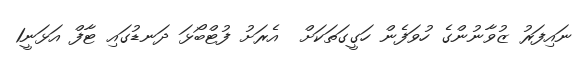
ނައިފަރު ޒުވާނުންގެ ހުވަފެން ހަގީގަތަކަށް  އެރަށު ފުޓްބޯޅަ ދަނޑުގައި ޓާފް އަޅަނީ1